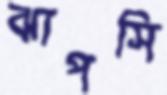
ঝাপসি